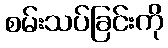
စမ်းသပ်ခြင်းကို